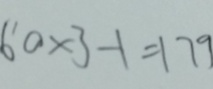
6 0 \times 3 - 1 = 1 7 9